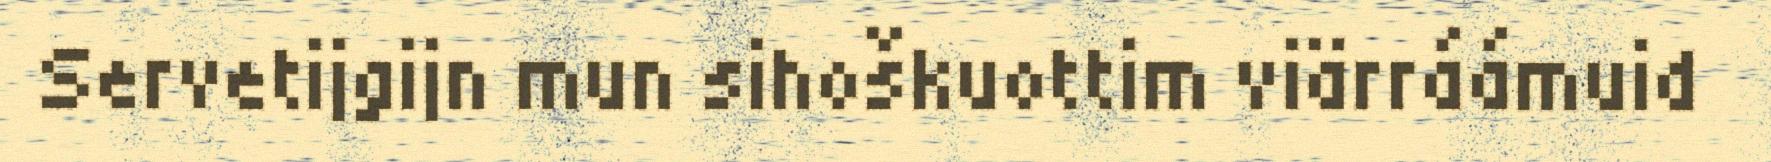
Servetijgijn mun sihoškuottim viärráámuid